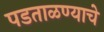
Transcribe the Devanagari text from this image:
पडताळण्याचे